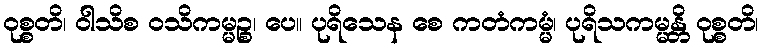
ဝုစ္စတိ၊ ဝါသိစ ဝသိကမ္မဉ္စ၊ ပေ။ ပုရိသေန စေ ကတံကမ္မံ၊ ပုရိသကမ္မန္တိ ဝုစ္စတိ၊